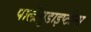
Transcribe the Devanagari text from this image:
पालीयुडाइप्टीन्स